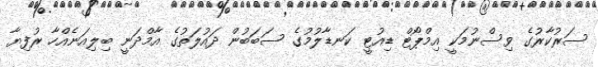
ސަރުކާރުގެ ވިސްނުމަކީ އިމްޕޯޓް ޑިއުޓީ ކަނޑާލުމުގެ ސަބަބުން ދައުލަތުގެ އާމްދަނީ ބިލިއަނެއްހާ ރުފިޔާ